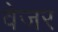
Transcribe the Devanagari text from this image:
वेजर